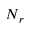
N _ { r }